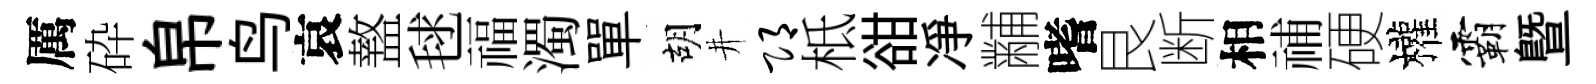
厲砕帛鸟哀盩毬福濁單胡井邛柢𧮳凈黼嗜艮断相𥙷硬權霸曁